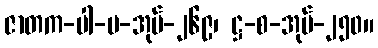
ဇာတက-ပါ-ပ-အုပ်-၂၆၉၊ ဋ္ဌ-စ-အုပ်-၂၅၀။